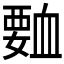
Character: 𮗅